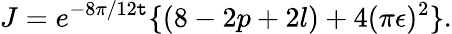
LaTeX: J=e^{-8\pi/12\mathtt{t}}\{ (8-2p+2l)+4(\pi\epsilon)^{2}\} .